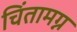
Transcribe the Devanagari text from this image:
चिंतामग्न